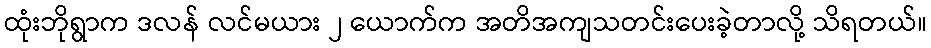
ထုံးဘိုရွာက ဒလန် လင်မယား ၂ ယောက်က အတိအကျသတင်းပေးခဲ့တာလို့ သိရတယ်။